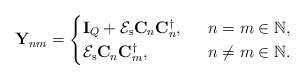
LaTeX: \begin{align*}\mathbf{Y}_{nm}=\begin{cases}\mathbf{I}_Q+\mathcal{E}_{\mathrm{s}}\mathbf{C}_n\mathbf{C}_n^{\dag},\ &\ n=m\in\mathbb{N},\\\mathcal{E}_{\mathrm{s}}\mathbf{C}_n\mathbf{C}_m^{\dag},\ &\ n\neq m\in\mathbb{N}.\end{cases}\end{align*}